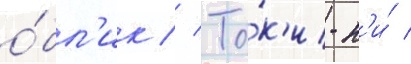
о́бл'ик // То́к'и-н'и́ /